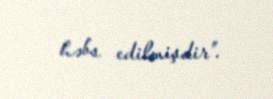
həbs edilmişdir”.